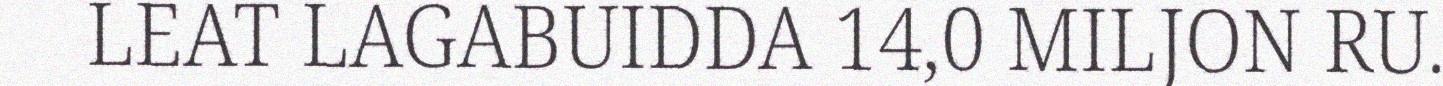
LEAT LAGABUIDDA 14,0 MILJON RU.